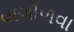
વાગોળવા